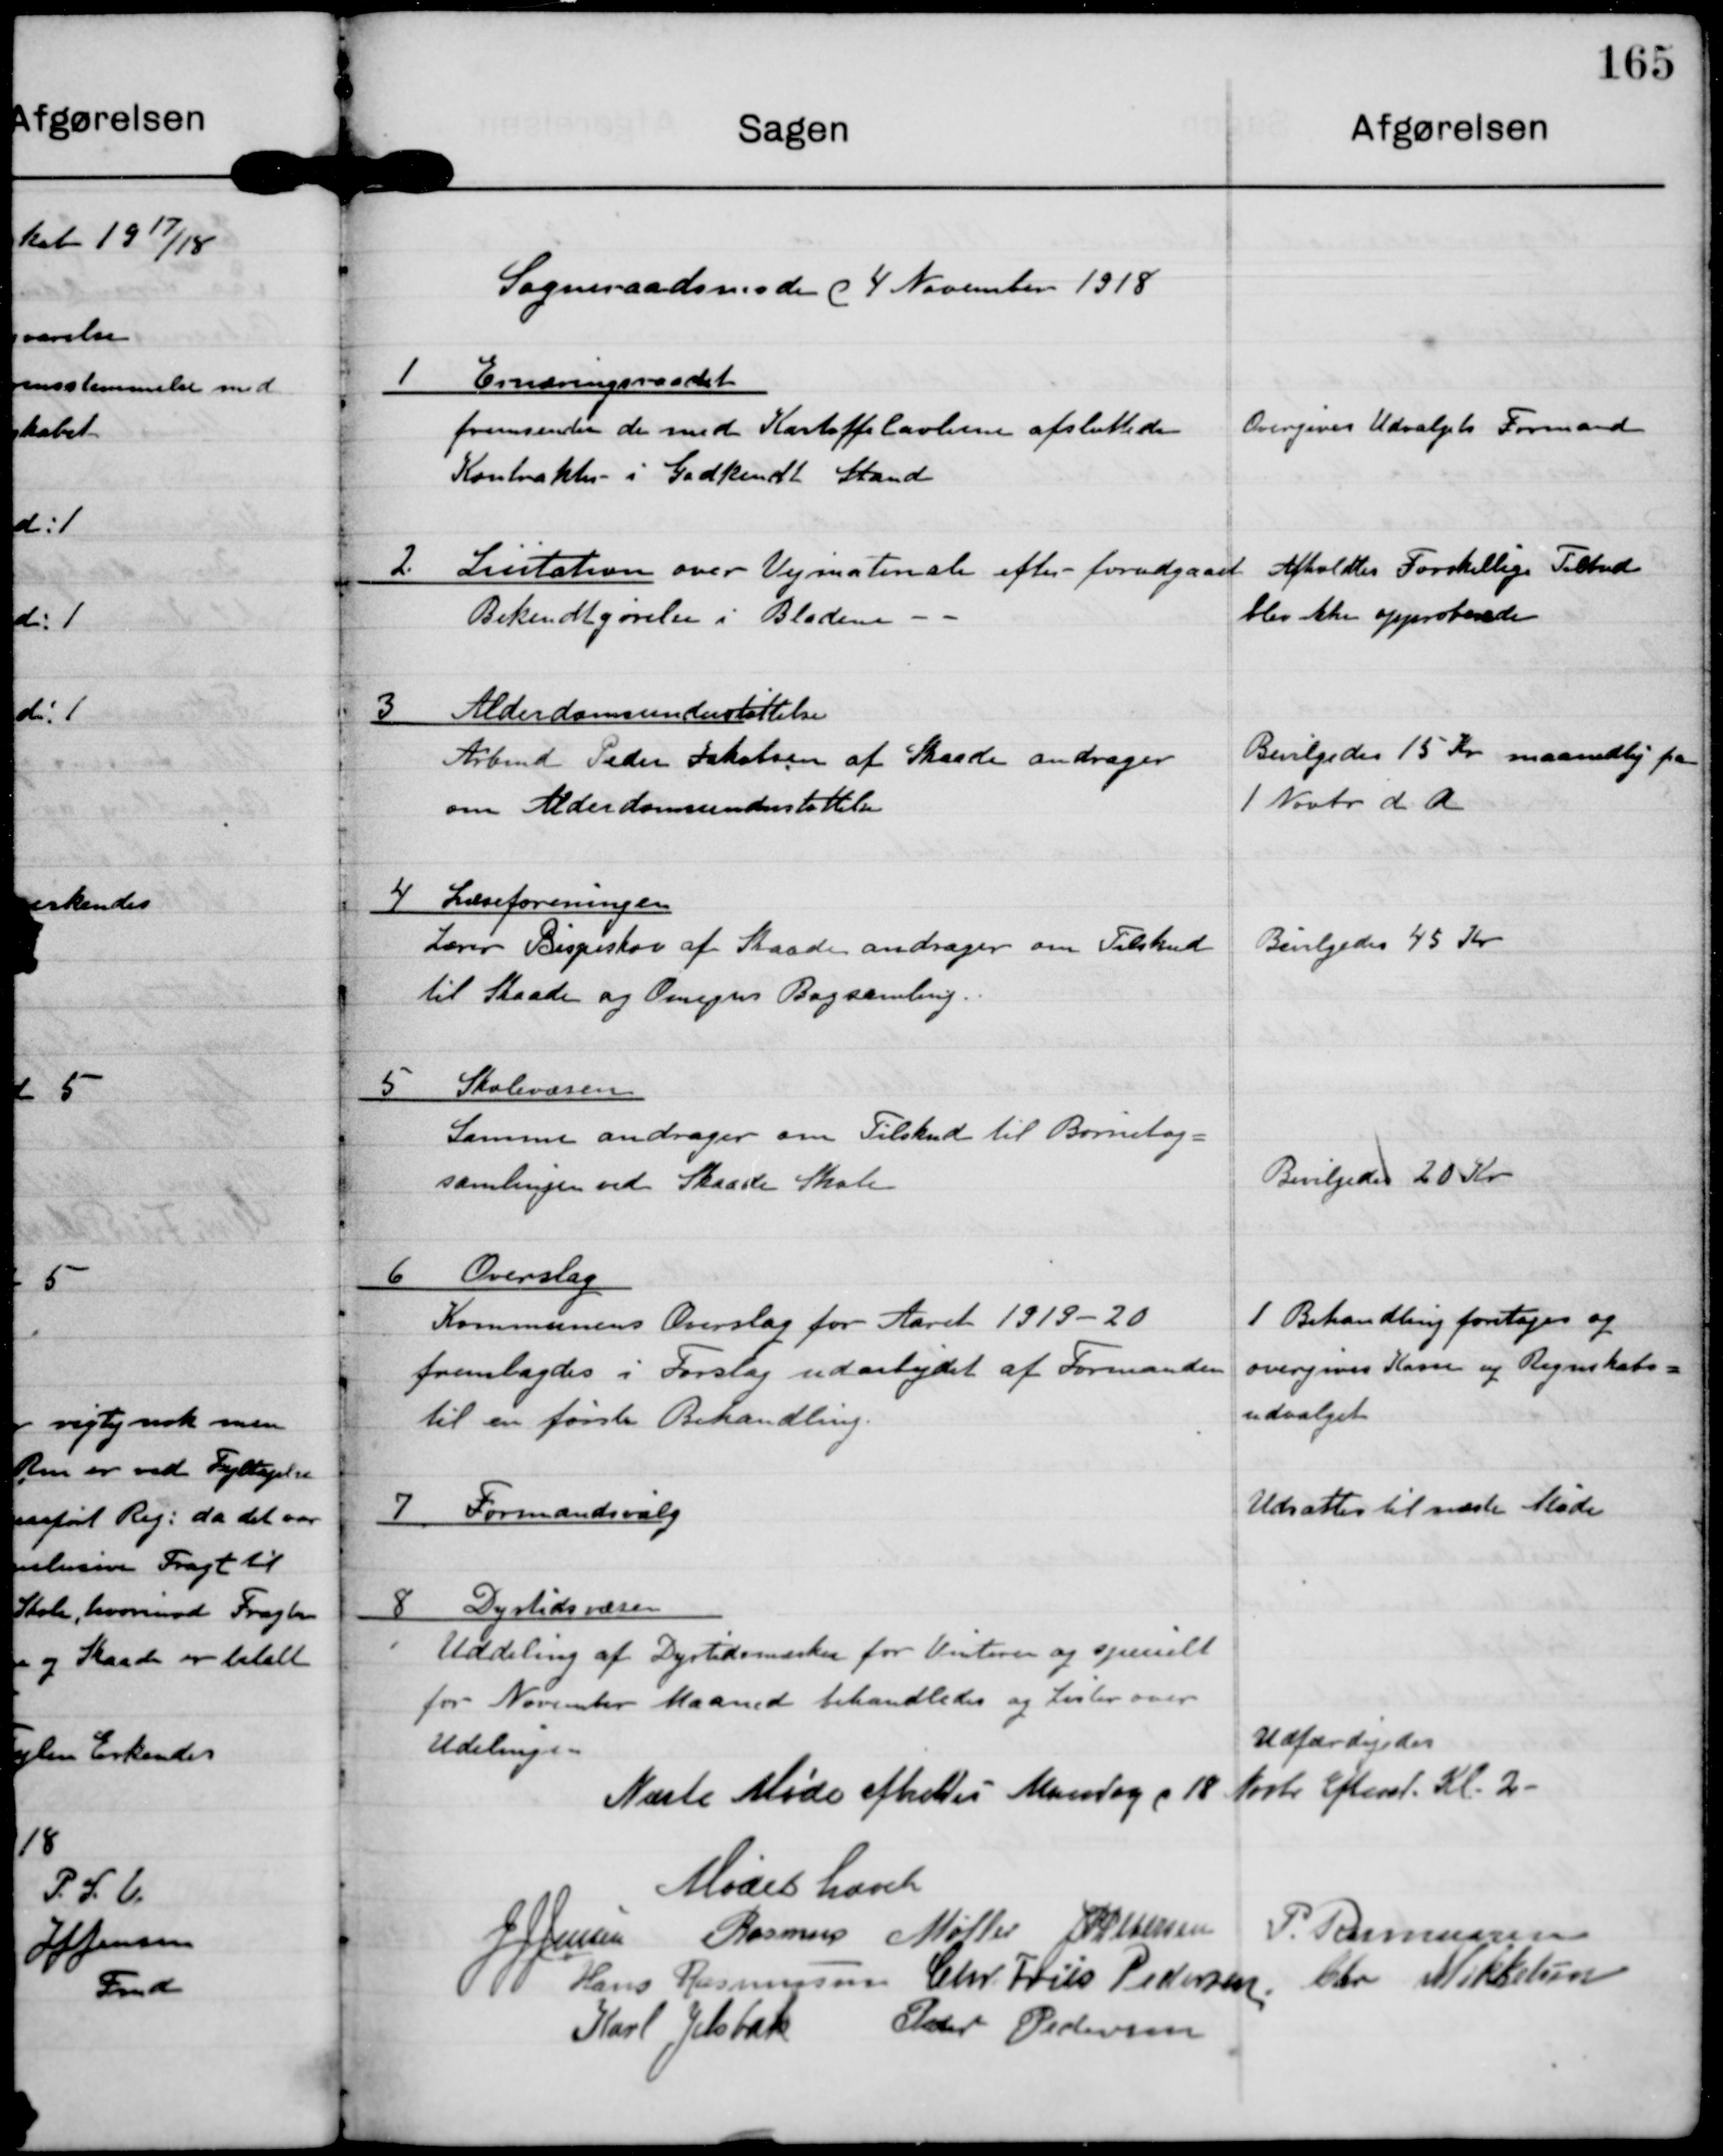
Transskription:
Sogneraadsmøde d 4 November 1918

1 Ernæringsraadet
fremsender den med Kartoffelavlernes afsluttede
Kontrakter i Godkendt Stand

Overgives Udvalgets Formand

2 Lisitation over Vejmateriale efter forudgaaet
Bekendtgørelse i Bladene

Afholdtes Forskellige Tilbud
blev ikke opproberede

3 Alderdomsunderstøttelse
Arbmd Peder Jakobsen af Skaade andrager
om Alderdomsunderstøttelse

Bevilgedes 15 Kr maanedlig fra
1 Novbr d A

4 Lærerforeningen
Lærer Bispeskov af Skaade andrager om Tilskud
til Skaade og Omegns Bogsamling

Bevilgedes 45 Kr

5 Skolevæsen
Samme andrager om Tilskud til Børnebog-
samlingen ved Skaade Skole.

Bevilgedes 20 Kr

6 Overslag
Kommunens Overslag for Aaret 1919-20
fremlagdes i Forslag udarbejdet af Formanden
til en første Behandling

1. Behandling foretoges og
overgives Kasse og Regnskabs-
udvalget.

7 Formandsvalg

Udsattes til næste Møde

8 Dyrtidsvæsen
Uddeling af Dyrtidsmærker for Vinteren og specialt
for November Maaned behandledes og Lister over
Udelingen

Udfærdiges

Næste Møde afholdes Mandag d 18 Novbr. Eftermd. Kl. 2

Mødet hævet

J J Jensen

Rasmus Møller

J P Pedersen

P. Rasmussen

Hans Rasmussen

Chr. Friis Pedersen

Chr. Mikkelsen

Karl Jelsbak

Peder Pedersen